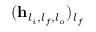
( \mathbf { h } _ { l _ { i } , l _ { f } , l _ { o } } ) _ { l _ { f } }